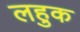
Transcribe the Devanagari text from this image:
लहुक